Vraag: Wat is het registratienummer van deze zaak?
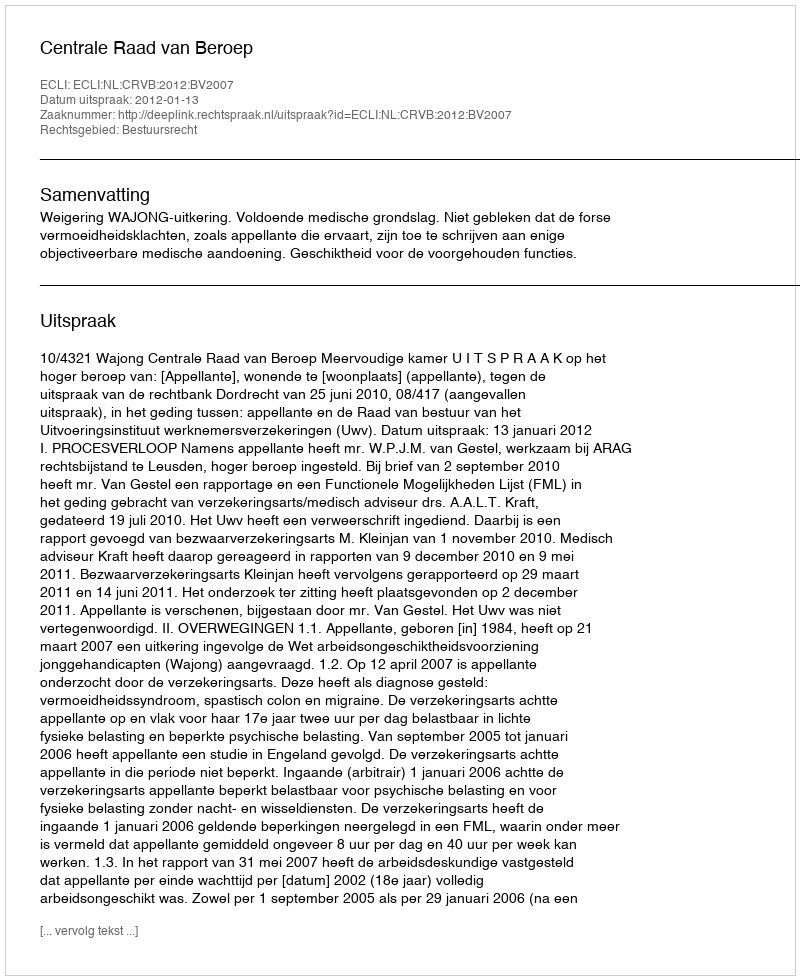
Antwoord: http://deeplink.rechtspraak.nl/uitspraak?id=ECLI:NL:CRVB:2012:BV2007